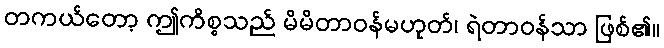
တကယ်တော့ ဤကိစ္စသည် မိမိတာဝန်မဟုတ်၊ ရဲတာဝန်သာ ဖြစ်၏။